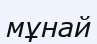
мұнай